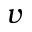
v